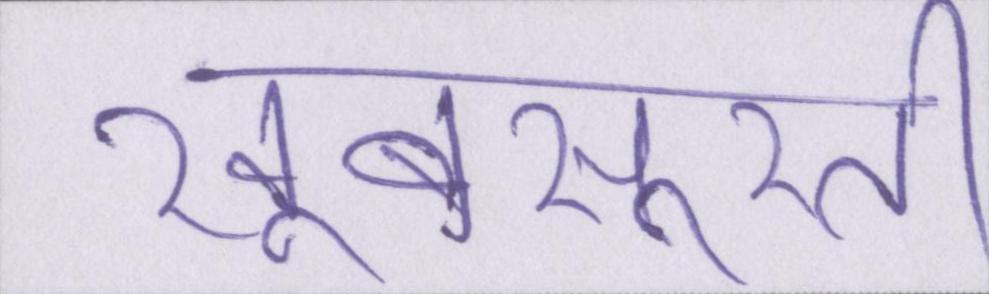
खूबसूरती